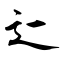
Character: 辷